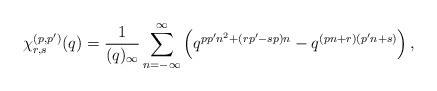
LaTeX: \begin{align*}\chi^{(p,p')}_{r,s} (q)= \frac{1}{(q)_{\infty}}\sum_{n=-\infty}^{\infty}\left( q^{pp'n^2 +(rp'-sp)n} - q^{(pn+r)(p'n+s)} \right),\end{align*}